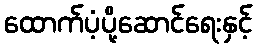
ထောက်ပံ့ပို့ဆောင်ရေးနှင့်